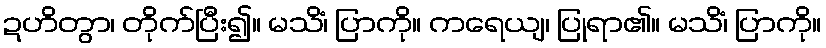
ဍဟိတွာ၊ တိုက်ပြီး၍။ မသိံ၊ ပြာကို။ ကရေယျ၊ ပြုရာ၏။ မသိံ၊ ပြာကို။